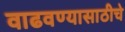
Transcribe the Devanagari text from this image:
वाढवण्यासाठीचे